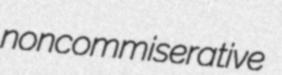
noncommiserative